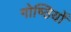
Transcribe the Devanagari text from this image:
गोष्‍ठियों